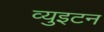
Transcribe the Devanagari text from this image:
व्युइटन